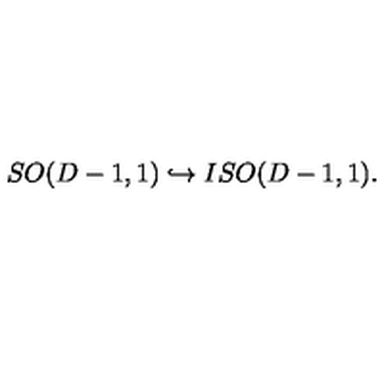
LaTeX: S O ( D - 1 , 1 ) \hookrightarrow I S O ( D - 1 , 1 ) .